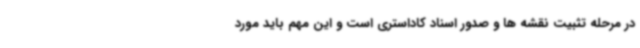
در مرحله تثبیت نقشه ها و صدور اسناد کاداستری است و این مهم باید مورد